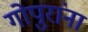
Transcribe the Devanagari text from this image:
गोपुरांना